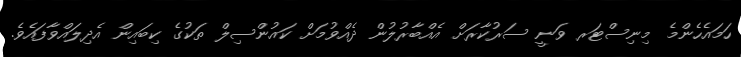
ހަމައެހެންމެ މިނިސްޓަރ ވަނީ ސަރުކާރަށް އެއްބާރުލުން ދެއްވުމަށް ކައުންސިލް ތަކުގެ ކިބައިން އެދިލައްވާފައެވެ.